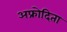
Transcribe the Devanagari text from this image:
अफ्रोदिता